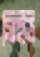
সিইউ